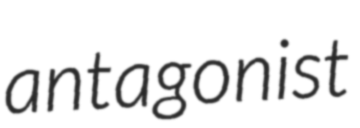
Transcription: antagonist